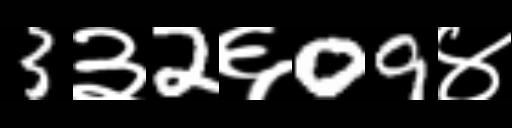
Text: 3३2६09४